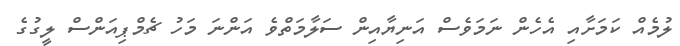
ލުމެއް ކަމަށާއި އެހެން ނަމަވެސް އަނިޔާއިން ސަލާމަތްވެ އަންނަ މަހު ޗެމްޕިއަންސް ލީގުގެ